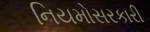
નિયમોસરકારી